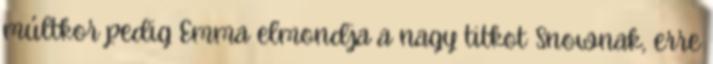
múltkor pedig Emma elmondja a nagy titkot Snownak, erre